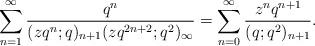
LaTeX: \begin{align*}\sum_{n=1}^{\infty} \frac{q^n}{(zq^n;q)_{n+1} (zq^{2n+2};q^2)_{\infty}} =\sum_{n=0}^{\infty} \frac{z^nq^{n+1}}{(q;q^2)_{n+1}}.\end{align*}